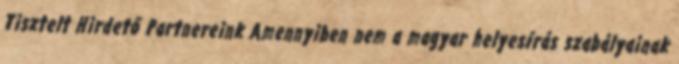
Tisztelt Hirdető Partnereink Amennyiben nem a magyar helyesírás szabályainak